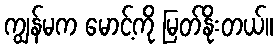
ကျွန်မက မောင့်ကို မြတ်နိုးတယ်။